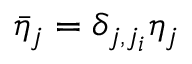
\bar { \eta } _ { j } = \delta _ { j , j _ { i } } \eta _ { j }